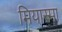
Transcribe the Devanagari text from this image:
मियास्मा